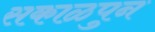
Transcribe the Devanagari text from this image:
सकाळपुन